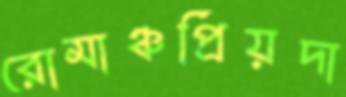
রোমাঞ্চপ্রিয়দা